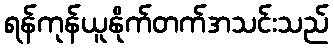
ရန်ကုန်ယူနိုက်တက်အသင်းသည်